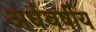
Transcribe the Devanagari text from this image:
अर्धवर्षीय